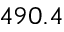
4 9 0 . 4